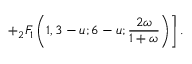
\left. + { } _ { 2 } F _ { 1 } \left( 1 , 3 - u ; 6 - u ; \frac { 2 \omega } { 1 + \omega } \right) \right] .